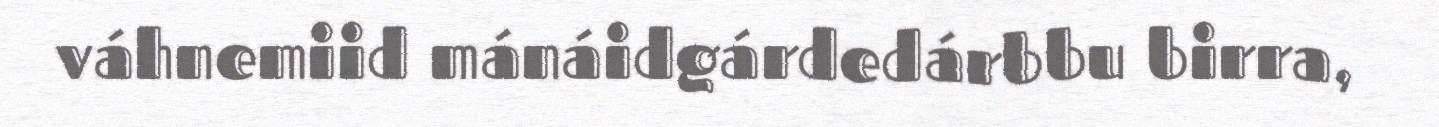
váhnemiid mánáidgárdedárbbu birra,